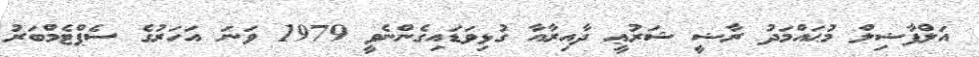
އަލްފާޟިލް މުޙައްމަދު ރާޟީ ޝަރުޢީ ދާއިރާއާ ގުޅިވަޑައިގެންނެވީ 1979 ވަނަ އަހަރުގެ ސެޕްޓެމްބަރު